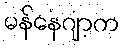
မန်နေဂျာက